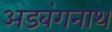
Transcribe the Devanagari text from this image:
अडबंगनाथ